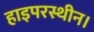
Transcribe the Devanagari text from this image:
हाइपरस्थीन।